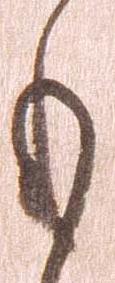
も